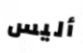
أليس